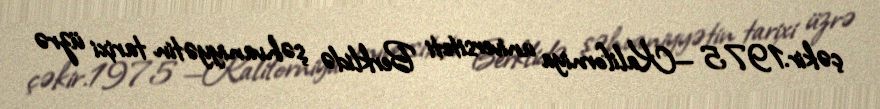
çəkir.1975 —Kaliforniya universiteti Berklidə şəhvaniyyətin tarixi üzrə